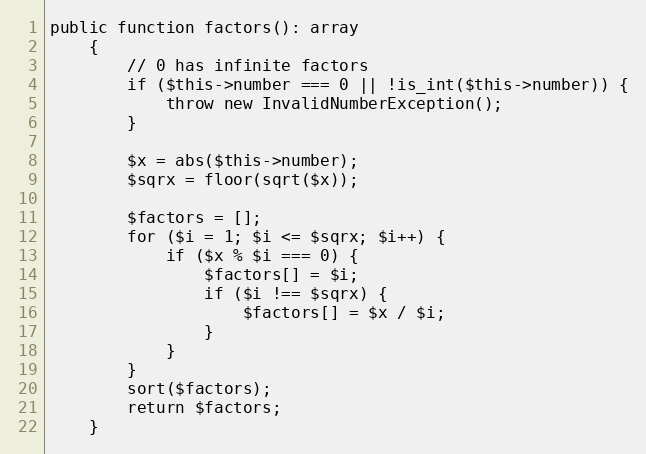
Language: PHP
public function factors(): array
    {
        // 0 has infinite factors
        if ($this->number === 0 || !is_int($this->number)) {
            throw new InvalidNumberException();
        }

        $x = abs($this->number);
        $sqrx = floor(sqrt($x));

        $factors = [];
        for ($i = 1; $i <= $sqrx; $i++) {
            if ($x % $i === 0) {
                $factors[] = $i;
                if ($i !== $sqrx) {
                    $factors[] = $x / $i;
                }
            }
        }
        sort($factors);
        return $factors;
    }